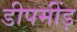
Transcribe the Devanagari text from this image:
डीपमींड़